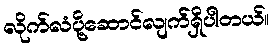
လိုက်လံပို့ဆောင်လျက်ရှိပါတယ်။